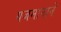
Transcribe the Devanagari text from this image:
यजमानाने